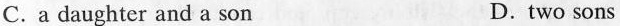
C.a daughter and a son D.two sons